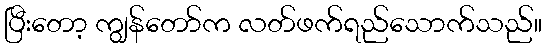
ပြီးတော့ ကျွန်တော်က လတ်ဖက်ရည်သောက်သည်။